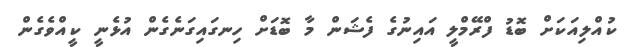
ކުއްލިއަކަށް ބޮޑު ފްރޭމްލީ އައިނުގެ ފެޝަން މާ ބޮޑަށް ހިނގައިގަނެގެން އުޅެނީ ކީއްވެގެން